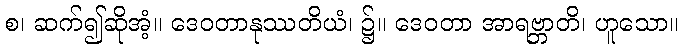
စ၊ ဆက်၍ဆိုအံ့။ ဒေဝတာနုဿတိယံ၊ ၌။ ဒေဝတာ အာရဗ္ဘာတိ၊ ဟူသော။